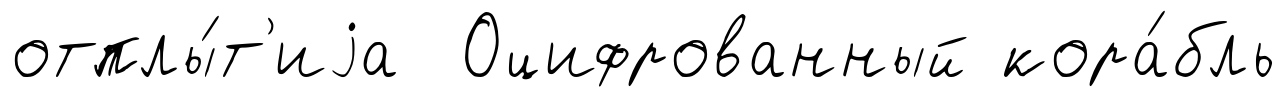
отплы́т'иjа Оцифрованный кора́бль